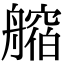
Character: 𦪥